Medical and sanitary report of the native army of Bengal for the year
Year: 1874
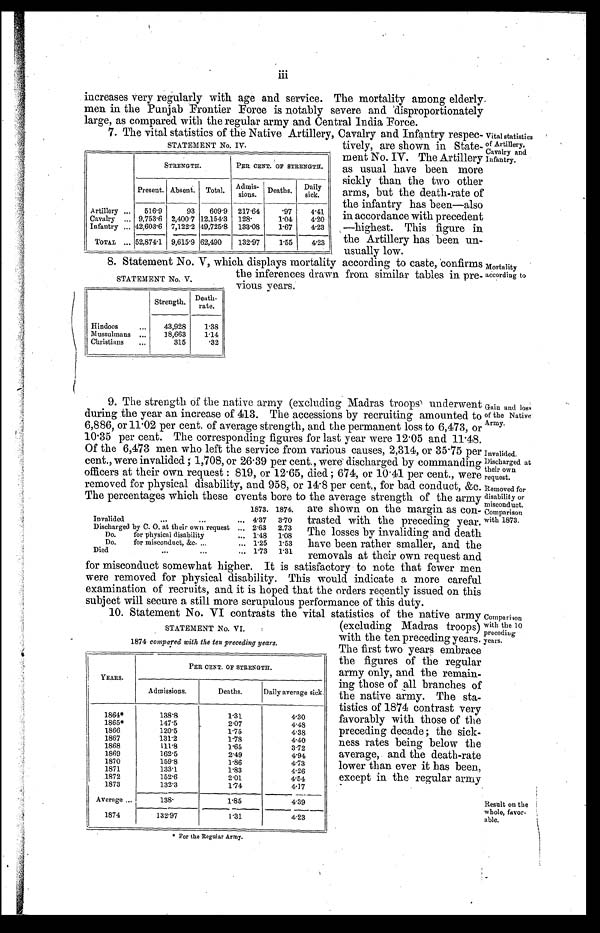
Gain and loss
of the Native
Army.
Invalided.
Discharged at
their own
request.
iii
increases very regularly with age and service. The mortality among elderly
men in the Punjab Frontier Force is notably severe and disproportionately
large, as compared with the regular army and Central India Force.
7. The vital statistics of the Native Artillery, Cavalry and Infantry respec
-tively, are shown in State
-ment No. IV. The Artillery
as usual have been more
sickly than the two other
arms, but the death-rate of
the infantry has been—also
in accordance with precedent
—highest. This figure in
the Artillery has been
un-usually low.
Vital statistics
of Artillery,
Cavalry and
Infantry.
STATEMENT No. IV.
STRENGTH.
PER CENT OF STRENGTH.
Present. Absent. Total.
Admis-
sions.
Deaths.
Daily
sick.
Artillery . . .
516.9
93
609.9 217.64
.97
4.41
Cavalry . . . 9,753.6 2,400.7 12,154.3 128.
1.04
4.20
Infantry . . . 42,603.6 7,122.2 49,725.8 133.08
1.67
4.23
TOTAL . . . 52,874.1 9,615.9 62,490
132.97
1.55
4.23
8. Statement No. V, which displays mortality according to caste, confirms
the inferences drawn from similar tables in pre-vious years.
Strength.
Death -
rate.
Hindoos . . .
43,928
1.38
Mussulmans . . .
18,663
1.14
Christians . . .
315
.32
STATEMENT No. V.
Mortality
according to
9. The strength of the native army (excluding Madras troops underwent
during the year an increase of 413. The accessions by recruiting amounted to
6,886, or 11.02 per cent of average strength, and the permanent loss to 6,473, or
10.35 per cent. The corresponding figures for last year were 12.05 and 11.48.
Of the 6,473 men who left the service from various causes, 2,314, or 35.75 per
cent, were invalided ; 1,708, or 26.39 per cent, were discharged by commanding
officers at their own request : 819, or 12.65, died ; 674, or 10.41 per cent, were
removed for physical disability, and 958, or 14.8 per cent, for bad conduct, &c.
The percentages which these events bore to the average strength of the army
are shown on the margin as con
-trasted with the preceding year.
The losses by invaliding and death
have been rather smaller, and the
removals at their own request and
for misconduct somewhat higher. It is satisfactory to note that fewer men
were removed for physical disability. This would indicate a more careful
examination of recruits, and it is hoped that the orders recently issued on this
subject will secure a still more scrupulous performance of this duty.
1873. 1874.
Invalided . . . 4.37
3.70
Discharged by C. O. at their own request . . . 2.63
2.73
Do. for physical disability . . . 1.48
1.08
Do. for misconduct, &c. . . .
1.25
1.53
Removed for
disability or
misconduet.
Comparison
with 1873.
10. Statement No. VI contrasts the vital statistics of the native army
(excluding Madras troops)
with the ten preceding years.
The first two years embrace
the figures of the regular
army only, and the remain
-ing those of all branches of
the native army. The sta-
tistics of 1874 contrast very
favorably with those of the
preceding decade ; the sick
-ness rates being below the
average, and the death-rate
lower than ever it has been,
except in the regular army
Comparison
vith the 10
preceding
years.
STATEMENT No. VI.
1874 compared with the ten preceding years.
YEARS.
PER CENT OF STRENGTH.
Admissions.
Deaths.
Daily average sick.
1864*
138.8
1.31
4.30
1865*
147.5
2.07
4.48
1866
120.5
1.75
4.38
1867
131.2
1.78
4.40
1868
111.8
1.65
3.72
1869
162.5
2.49
4.94
1870
159.8
1.86
4.73
1871
133.1
1.83
4.26
1872
152.6
2.01
4.54
1873
132.3
1.74
4.17
Average . . .
1 3 8 .
1.85
4.39
1874
132.97
1.31
4.23
* For the Regular Army.
Result on the
whole, favor
-able.